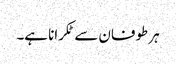
ہر طوفان سے ٹکرانا ہے۔